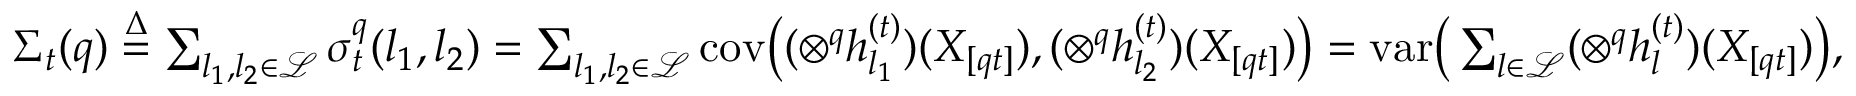
\begin{array} { r } { \Sigma _ { t } ( q ) \overset { \Delta } { = } \sum _ { l _ { 1 } , l _ { 2 } \in \mathcal { L } } \sigma _ { t } ^ { q } ( l _ { 1 } , l _ { 2 } ) = \sum _ { l _ { 1 } , l _ { 2 } \in \mathcal { L } } { \mathrm { c o v } } \big ( ( \otimes ^ { q } h _ { l _ { 1 } } ^ { ( t ) } ) ( X _ { [ q t ] } ) , ( \otimes ^ { q } h _ { l _ { 2 } } ^ { ( t ) } ) ( X _ { [ q t ] } ) \big ) = { \mathrm { v a r } } \big ( \sum _ { l \in \mathcal { L } } ( \otimes ^ { q } h _ { l } ^ { ( t ) } ) ( X _ { [ q t ] } ) \big ) , } \end{array}